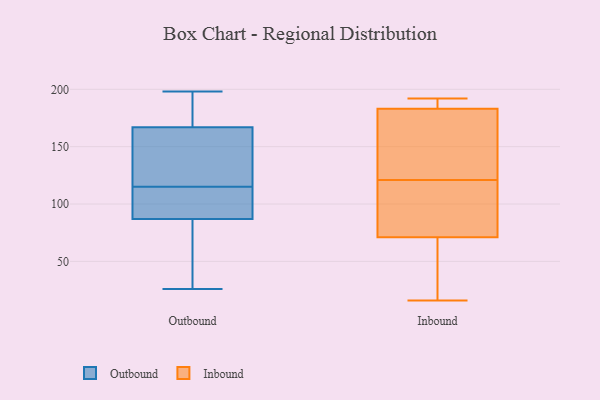
{"axis": {"x": "Satisfaction Score", "y": "Value"}, "legend": ["Inbound", "Outbound"], "data": [{"x": "", "y": 124, "type": "Outbound"}, {"x": "", "y": 89, "type": "Outbound"}, {"x": "", "y": 106, "type": "Outbound"}, {"x": "", "y": 87, "type": "Outbound"}, {"x": "", "y": 167, "type": "Outbound"}, {"x": "", "y": 127, "type": "Outbound"}, {"x": "", "y": 174, "type": "Outbound"}, {"x": "", "y": 43, "type": "Outbound"}, {"x": "", "y": 198, "type": "Outbound"}, {"x": "", "y": 26, "type": "Outbound"}, {"x": "", "y": 44, "type": "Inbound"}, {"x": "", "y": 192, "type": "Inbound"}, {"x": "", "y": 87, "type": "Inbound"}, {"x": "", "y": 71, "type": "Inbound"}, {"x": "", "y": 16, "type": "Inbound"}, {"x": "", "y": 183, "type": "Inbound"}, {"x": "", "y": 128, "type": "Inbound"}, {"x": "", "y": 183, "type": "Inbound"}, {"x": "", "y": 164, "type": "Inbound"}, {"x": "", "y": 114, "type": "Inbound"}]}